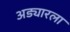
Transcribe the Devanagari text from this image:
अड्यारला